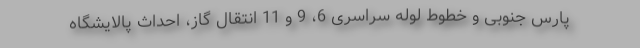
پارس جنوبی و خطوط لوله سراسری 6، 9 و 11 انتقال گاز، احداث پالایشگاه